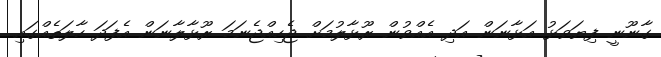
ގާނޫނީ ފިޔަވަޅު އަޅާނަން އަދި އެއްވުން ރޫޅާލުމަށް ޖެހިއްޖެނަމަ ރޫޅާލާނަން އެފަދަ ހާލަތެއްގައި